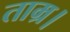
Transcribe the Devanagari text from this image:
ताम्र।